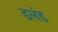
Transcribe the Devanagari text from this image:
डलंड